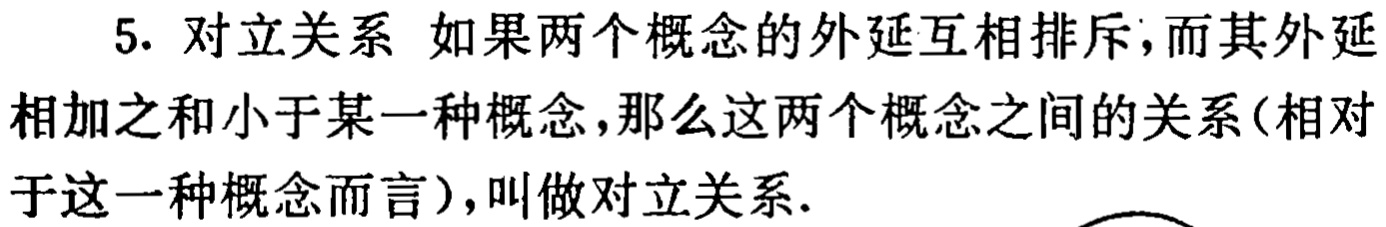
5. 对立关系 如果两个概念的外延互相排斥，而其外延相加之和小于某一种概念，那么这两个概念之间的关系(相对于这一种概念而言)，叫做对立关系.